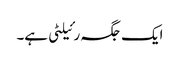
ایک جگہ رئیلٹی ہے۔